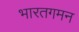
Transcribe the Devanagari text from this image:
भारतगमन